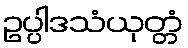
ဥပ္ပါဒသံယုတ္တံ